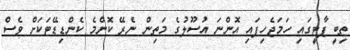
ތިބީ ޕާޓީގައި ހަމަޖެހިފައި އޮންނަ އުސޫލުގެ މަތިން ނެރޭ ކޮންމެ ކެންޑިޑޭޓަކަށް ވެސް